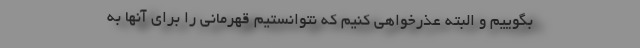
بگوییم و البته عذرخواهی کنیم که نتوانستیم قهرمانی را برای آنها به